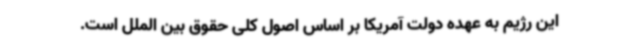
این رژیم به عهده دولت آمریکا بر اساس اصول کلی حقوق بین الملل است.